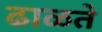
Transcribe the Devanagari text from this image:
ढाळते